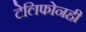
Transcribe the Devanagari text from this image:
टेलिफोनही